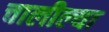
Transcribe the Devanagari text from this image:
चालील्या